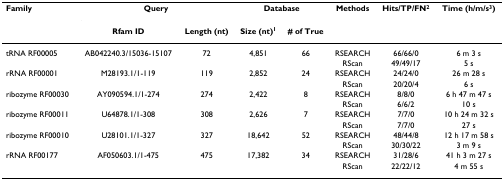
| Family | <COLSPAN=2> Query | <COLSPAN=2> Database | Methods | Hits/TP/FN2 | Time (h/m/s3) |
 |  | Rfam ID | Length (nt) | Size (nt)1 | # of True |  |  |  |
 | --- | --- | --- | --- | --- | --- | --- | --- |
 | tRNA RF00005 | AB042240.3/15036-15107 | 72 | 4,851 | 66 | RSEARCH | 66/66/0 | 6 m 3 s |
 |  |  |  |  |  | RScan | 49/49/17 | 5 s |
 | rRNA RF00001 | M28193.1/1-119 | 119 | 2,852 | 24 | RSEARCH | 24/24/0 | 26 m 28 s |
 |  |  |  |  |  | RScan | 20/20/4 | 6 s |
 | ribozyme RF00030 | AY090594.1/1-274 | 274 | 2,422 | 8 | RSEARCH | 8/8/0 | 6 h 47 m 47 s |
 |  |  |  |  |  | RScan | 6/6/2 | 10 s |
 | ribozyme RF00011 | U64878.1/1-308 | 308 | 2,626 | 7 | RSEARCH | 7/7/0 | 10 h 24 m 32 s |
 |  |  |  |  |  | RScan | 7/7/0 | 27 s |
 | ribozyme RF00010 | U28101.1/1-327 | 327 | 18,642 | 52 | RSEARCH | 48/44/8 | 12 h 17 m 58 s |
 |  |  |  |  |  | RScan | 30/30/22 | 3 m 9 s |
 | rRNA RF00177 | AF050603.1/1-475 | 475 | 17,382 | 34 | RSEARCH | 31/28/6 | 41 h 3 m 27 s |
 |  |  |  |  |  | RScan | 22/22/12 | 4 m 55 s |